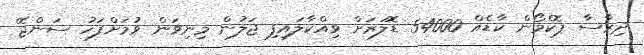
ދިރާސާ ޕޮކެމޯން ކާޑެއް 54000 ޑޮލަރަށް ވިއްކާލައިފި ޖަލުން މިނިވަން ވުމަށްފަހު ސަންޖޭ